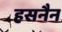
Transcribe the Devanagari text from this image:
हसनैन